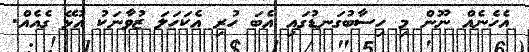
އެހެނެއް ނޫން މި ހިސާބުގަނޑުގައި އެބަ ހުރި އެކަހަލަ ޒުވާނަކު އުޅޭ ގެއެއް.